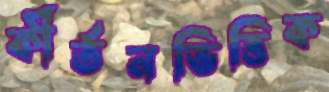
কীর্তনভিত্তিক